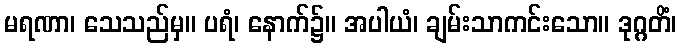
မရဏာ၊ သေသည်မှ။ ပရံ၊ နောက်၌။ အပါယံ၊ ချမ်းသာကင်းသော။ ဒုဂ္ဂတိံ၊